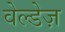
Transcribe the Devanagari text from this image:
वेल्डेज़